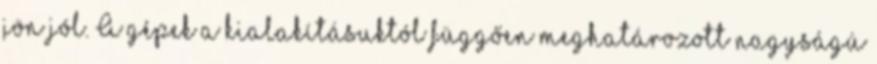
jön jól. A gépek a kialakításuktól függően meghatározott nagyságú